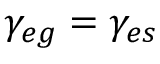
\gamma _ { e g } = \gamma _ { e s }